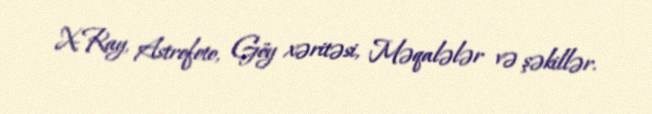
X-Ray, Astrofoto, Göy xəritəsi, Məqalələr və şəkillər.